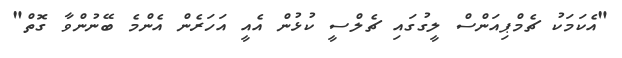
"އެކަމަކު ޗެމްޕިއަންސް ލީގުގައި ޗެލްސީ ކުޅުން އެއީ އަހަރެން އެންމެ ބޭނުންވާ ގޮތް"